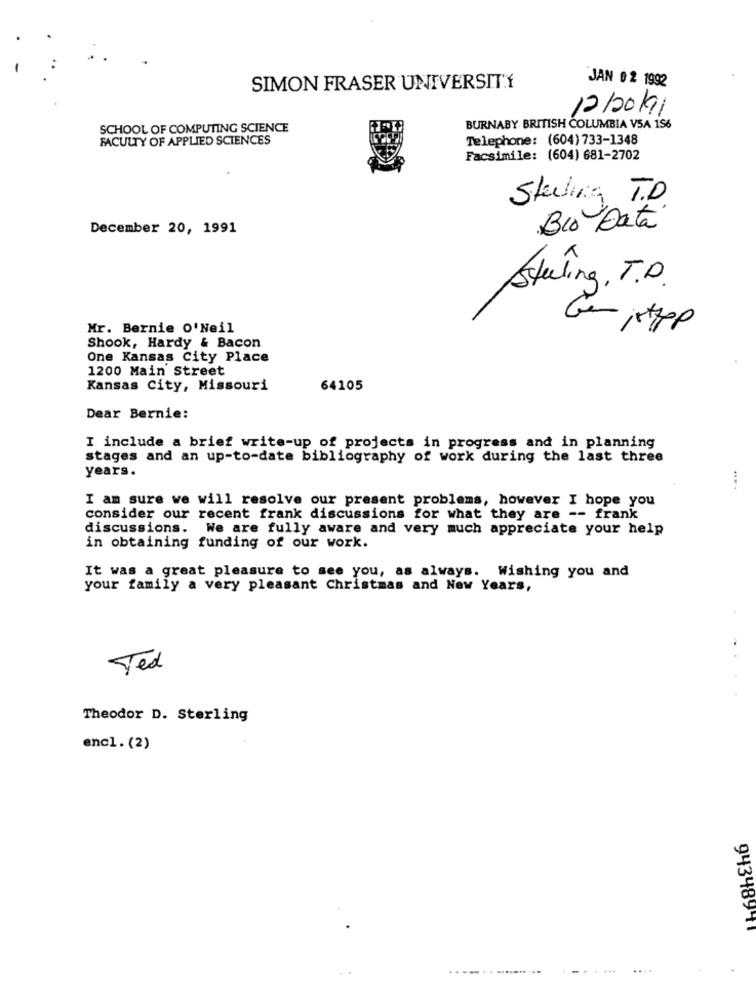
SIMON FRASER UNIVERSITY
JAN 0 2 1992
12/20/91
SCHOOL OF COMPUTING SCIENCE
BURNABY BRITISH COLUMBIA VSA 156
FACULTY OF APPLIED SCIENCES
Telephone: (604) 733-1348
Facsimile: (604) 681-2702
Sterling T.D
December 20, 1991
Bio Data
Steling , T.D.
Mr. Bernie O'Neil
Gemistpp
Shook, Hardy & Bacon
One Kansas City Place
1200 Main Street
Kansas City, Missouri
64105
Dear Bernie:
I include a brief write-up of projects in progress and in planning
stages and an up-to-date bibliography of work during the last three
years.
I am sure we will resolve our present problems, however I hope you
consider our recent frank discussions for what they are -- frank
discussions. We are fully aware and very much appreciate your help
in obtaining funding of our work.
It was a great pleasure to see you, as always. Wishing you and
your family a very pleasant Christmas and New Years,
Ted
Theodor D. Sterling
encl. (2)
94348911
................
...